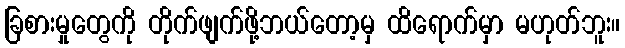
ခြစားမှုတွေကို တိုက်ဖျက်ဖို့ဘယ်တော့မှ ထိရောက်မှာ မဟုတ်ဘူး။